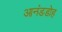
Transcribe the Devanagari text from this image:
आनंडडोह